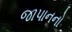
જાપાનનો